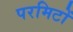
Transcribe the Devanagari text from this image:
परमिटों